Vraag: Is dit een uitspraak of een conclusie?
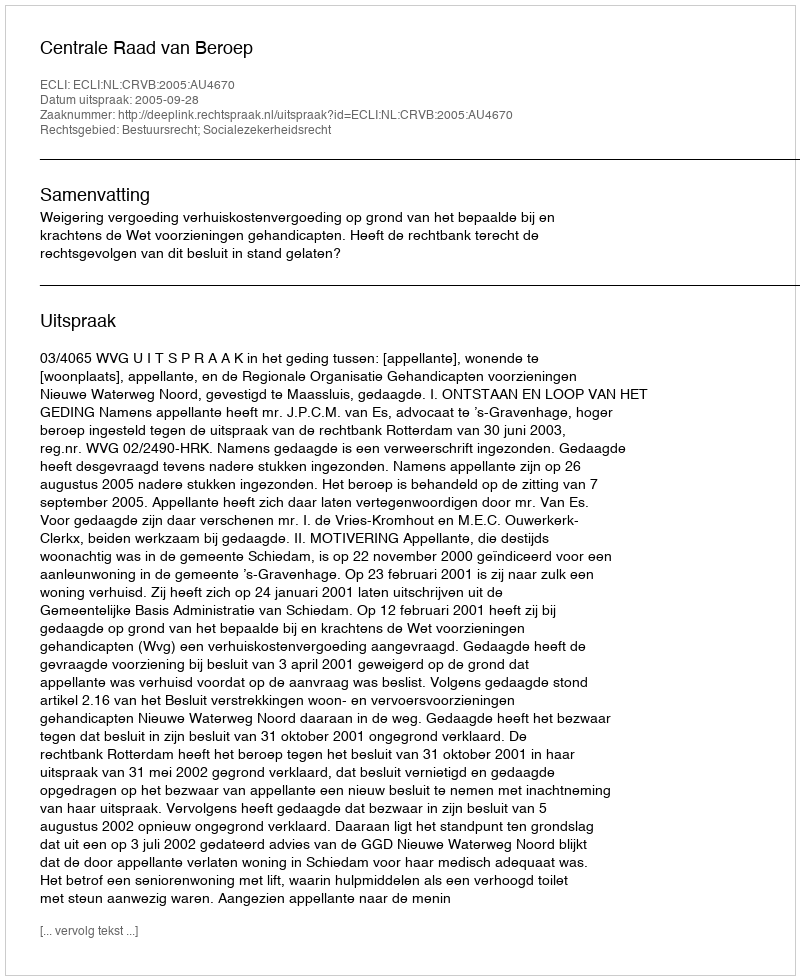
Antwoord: Uitspraak